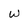
Character: w